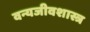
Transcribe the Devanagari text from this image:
वन्यजीवशास्त्र